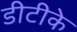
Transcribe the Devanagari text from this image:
डीटीके